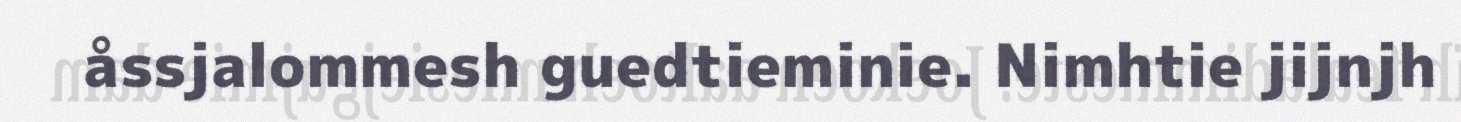
åssjalommesh guedtieminie. Nimhtie jijnjh